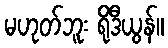
မဟုတ်ဘူး ရိုဒီယွန်။